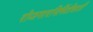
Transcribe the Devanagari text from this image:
रोजगारनिर्मितीसाठी